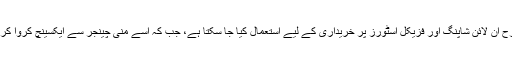
بِٹ کوائن کو کرنسی کی دوسری اقسام کی طرح آن لائن شاپنگ اور فزیکل اسٹورز پر خریداری کے لیے استعمال کیا جا سکتا ہے، جب کہ اسے منی چینجر سے ایکسینچ کروا کر کاغذی کرنسی بھی حاصل کی جا سکتی ہے۔